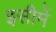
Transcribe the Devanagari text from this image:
इसीमें